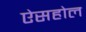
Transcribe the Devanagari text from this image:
ऐसहोल